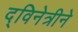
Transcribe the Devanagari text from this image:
द्विनेत्रीने